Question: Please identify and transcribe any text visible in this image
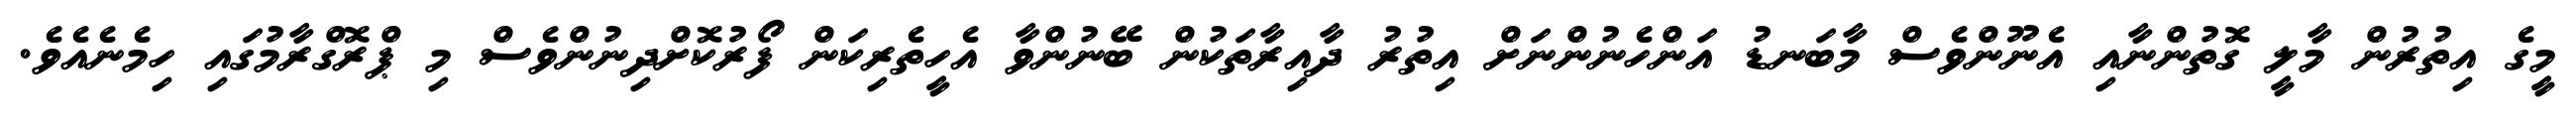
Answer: މީގެ އިތުރުން މާލީ ގޮތުންނާއި އެނޫންވެސް މާބަނޑު އަންހެނުންނަށް އިތުރު ދާއިރާތަކުން ބޭނުންވާ އެހީތެރިކަން ފޯރުކޮށްދިނުންވެސް މި ޕްރޮގްރާމުގައި ހިމެނެއެވެ.